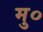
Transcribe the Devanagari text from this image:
मु०